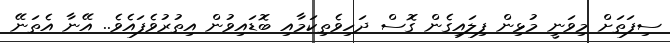
ސިފަތަށް މިވަނީ މުޅިން ފިލައިގެން ގޮސް ދަހިވެތިކަމާއި ބޮޑައިވުން އިތުރުވެފައެވެ.. އޭނާ އެތަނޭ